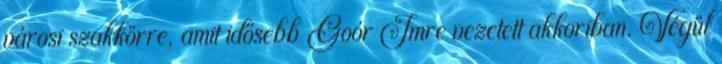
városi szakkörre, amit idősebb Goór Imre vezetett akkoriban. Végül